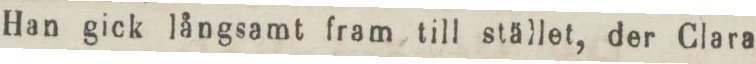
Han gick långsamt fram till stället, der Clara